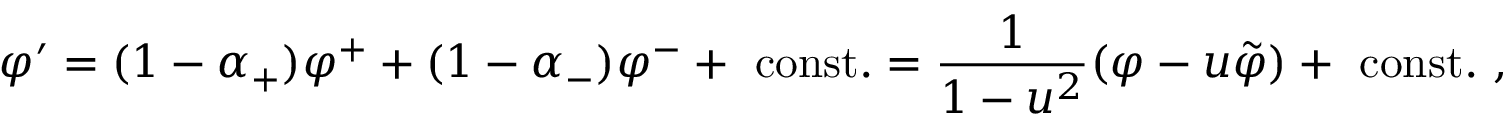
\varphi ^ { \prime } = ( 1 - \alpha _ { + } ) \varphi ^ { + } + ( 1 - \alpha _ { - } ) \varphi ^ { - } + ~ \mathrm { c o n s t } . = { \frac { 1 } { 1 - u ^ { 2 } } } ( \varphi - u \tilde { \varphi } ) + ~ \mathrm { c o n s t } . \ ,